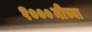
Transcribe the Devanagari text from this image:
१०००मीच्या